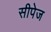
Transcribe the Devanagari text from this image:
सीपेज